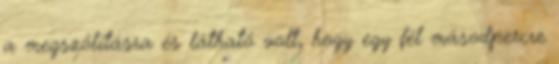
a megszólításra és látható volt, hogy egy fél másodpercre